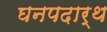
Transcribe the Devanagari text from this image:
घनपदार्थ